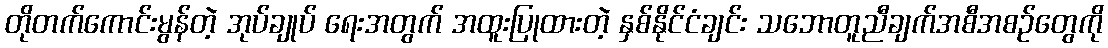
တိုတက်ကောင်းမွန်တဲ့ အုပ်ချုပ် ရေးအတွက် အထူးပြုထားတဲ့ နှစ်နိုင်ငံချင်း သဘောတူညီချက်အစီအစဉ်တွေကို